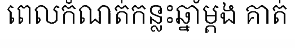
ពេលកំណត់កន្លះឆ្នាំម្តង គាត់